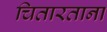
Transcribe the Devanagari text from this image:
चितारताना